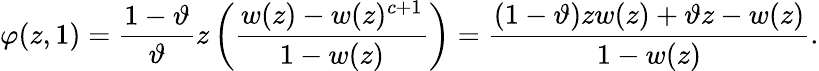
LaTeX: \varphi(z,1)=\frac{1-\vartheta}{\vartheta}z\left(\frac{w(z)-w(z)^{c+1}}{1-w(z)}\right)=\frac{(1-\vartheta)zw(z)+\vartheta z-w(z)}{1-w(z)}.